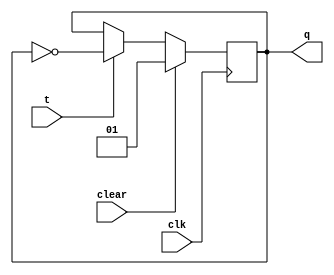
/* 
* FLIP-FLOP T
* Troca sada toda vez que 
* h pulso de clock com o 
* sinal T ativo
* Responsavel pela alternancia 
* entre os jogadores 
*/

module flipflop_t (
    input clk, 
    input clear, 
    input t, 
    output reg [1:0] q
); 

    always @ (posedge clk) begin 
      if (clear)
        q <= 2'b01;
      else
        if(t)
          q <= ~q; 
        else 
          q <= q; 
    end 
endmodule